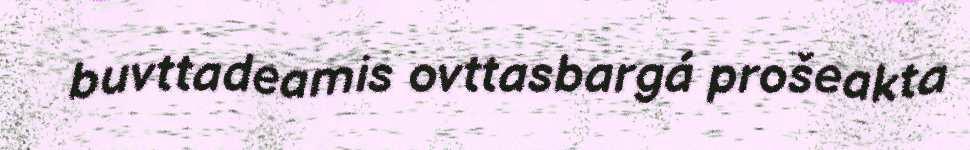
buvttadeamis ovttasbargá prošeakta